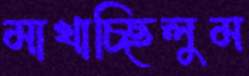
মাখাচ্ছিলুম